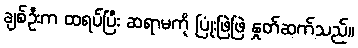
ချစ်ဦးက ထရပ်ပြီး ဆရာမကို ပြုံးဖြဲဖြဲ နှုတ်ဆက်သည်။